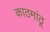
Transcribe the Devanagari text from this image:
काठमांठू